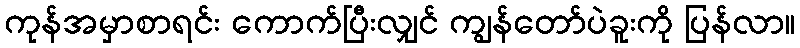
ကုန်အမှာစာရင်း ကောက်ပြီးလျှင် ကျွန်တော်ပဲခူးကို ပြန်လာ။